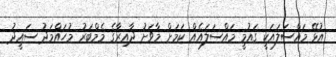
އުޅޭ މައްސަލައަކީ ގައުމީ މައްސަލައެއް ކަމަށް މާވަށު ދާއިރާގެ މެމްބަރު މުހައްމަދު ސައީދު